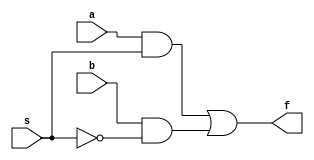
// Gate model
// Dataflow model
// Behavioral model

module mux2tol_gate (a, b, s, f);
	input a, b, s;
	output f;
	wire c, d, e;
	
	not n1(e, s); // e=~s
	and a1(c, a, s);
	and a2(d, b, e);
	or o1(f, c, d);
endmodule

module mux2tol_df (a, b, s, f);
	input a, b, s;
	output f;
	assign f = s?a:b;
endmodule

module mux2tol_beh(a, b, s, f);
	input a, b, s;
	output f;
	reg f;
	always@ (s or a or b)
		if(s==1) f=1;
		else f=b;
endmodule

// testbench is the driver program
module testbench;
	// no variable list is needed in testbench declaration
	reg a, b, s; // in testbench inputs are registers
	wire f; // in testbench output is a wire
	
	
	mux2tol_gate mux_df (a, b, s, f);
	// mux_df is an instance of mux2tol_df
	// registers are don't cares (x) until assigned
	initial
		begin
			$monitor(, $time, " a=%b, b=%b, s=%b, f=%b", a, b, s, f);
			// $monitor outputs to screen
			// new output is displayed on every input state change
			#0 a=1'b0; b=1'b0;
			#2 s=1'b1;
			#5 s=1'b0;
			#10 a=1'b1; b=1'b0;
			#15 s=1'b1;
			#20 s=1'b0;
			#50 $finish;
		end

endmodule